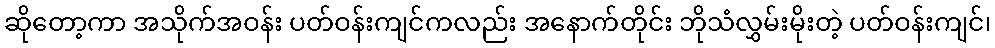
ဆိုတော့ကာ အသိုက်အဝန်း ပတ်ဝန်းကျင်ကလည်း အနောက်တိုင်း ဘိုသံလွှမ်းမိုးတဲ့ ပတ်ဝန်းကျင်၊